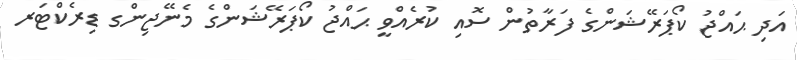
އަދި ޙައްޖު ކޯޕަރޭޝަންގެ ފަރާތުން ސޮއި ކުރެއްވީ ޙައްޖު ކޯޕަރޭޝަންގެ މެނޭޖިންގ ޑިރެކްޓަރ